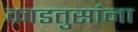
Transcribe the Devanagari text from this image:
काडतुसांना